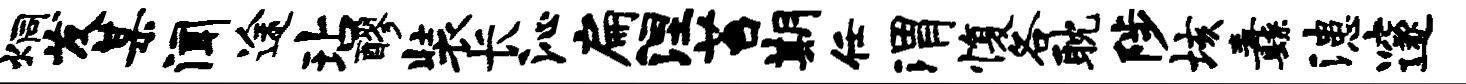
炯发某闻途玷醪装长沁扁涅苔期任渭愎各耽陟垓纛漶邃